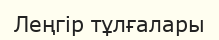
Леңгір тұлғалары